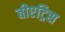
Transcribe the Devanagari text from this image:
बीएट्रिस